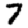
Digit: 7